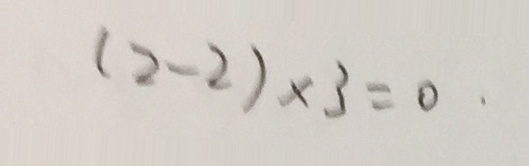
( 2 - 2 ) \times 3 = 0 .